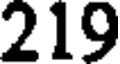
219